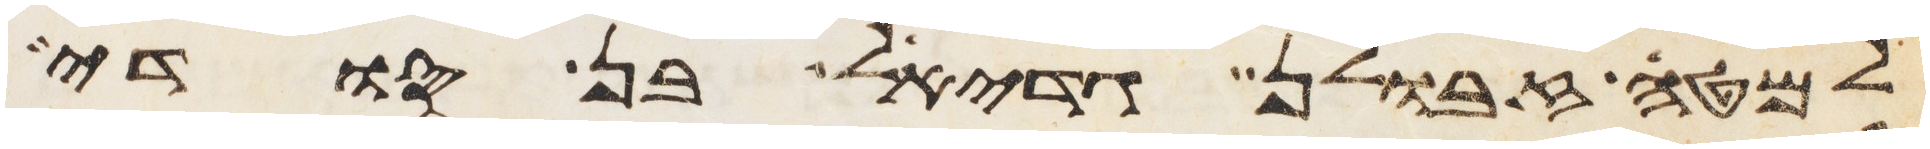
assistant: למטה זבולן גדיאל בן סודי